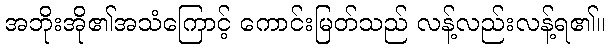
အဘိုးအို၏အသံကြောင့် ကောင်းမြတ်သည် လန့်လည်းလန့်ရ၏။